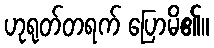
ဟုရုတ်တရက် ပြောမိ၏။